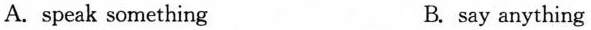
A. speak something B. say anything